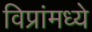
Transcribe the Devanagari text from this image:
विप्रांमध्ये